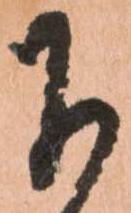
下